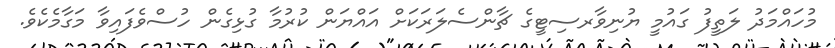
މުހައްމަދު ލަތީފު ގައުމީ ޔުނިވާރސިޓީގެ ޗާންސެލަރަަކަށް އައްޔަން ކުރުމާ ގުޅިގެން ހުސްވެފައިވާ މަގާމެކެވެ.